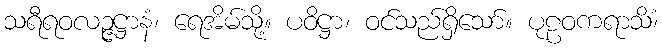
သရီရဝလဉ္ဇဋ္ဌာနံ၊ ရေအိမ်သို့။ ပဝိဋ္ဌာ၊ ဝင်သည်ရှိသော်။ ပုဠဝကရာသိံ၊